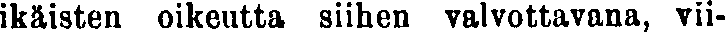
ikäisten oikeutta siihen valvottavana, vii-